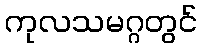
ကုလသမဂ္ဂတွင်